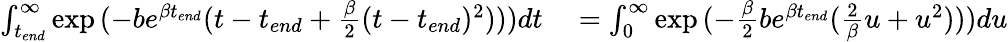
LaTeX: \begin{array}{rl}{\int_{t_{end}}^{\infty}\exp{(-be^{\beta t_{end}}(t-t_{end}+\frac{\beta}{2}(t-t_{end})^{2})))}dt}&{{}=\int_{0}^{\infty}\exp{(-\frac{\beta}{2}be^{\beta t_{end}}(\frac{2}{\beta}u+u^{2})))}du}\end{array}